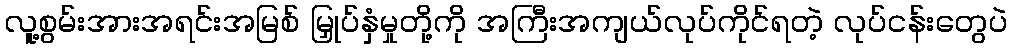
လူ့စွမ်းအားအရင်းအမြစ် မြှုပ်နှံမှုတို့ကို အကြီးအကျယ်လုပ်ကိုင်ရတဲ့ လုပ်ငန်းတွေပဲ